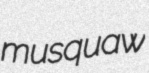
musquaw